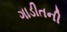
ગાડીતની